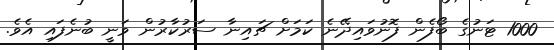
1000 ޓަނުގެ ބޯފެން ފޮނުވައިދޭނެ ކަމަށް ޗައިނާ ސަރުކާރުން ވަނީ ބުނެފައި އެވެ.